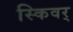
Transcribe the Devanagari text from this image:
स्किवर्